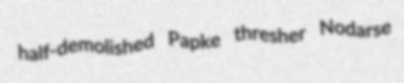
half-demolished Papke thresher Nodarse